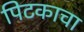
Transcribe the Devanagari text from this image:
पिटकाचा